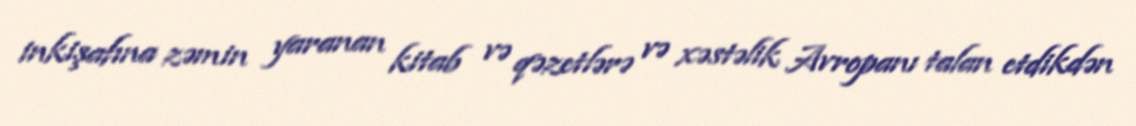
inkişafına zəmin yaranan kitab və qəzetlərə və xəstəlik Avropanı talan etdikdən